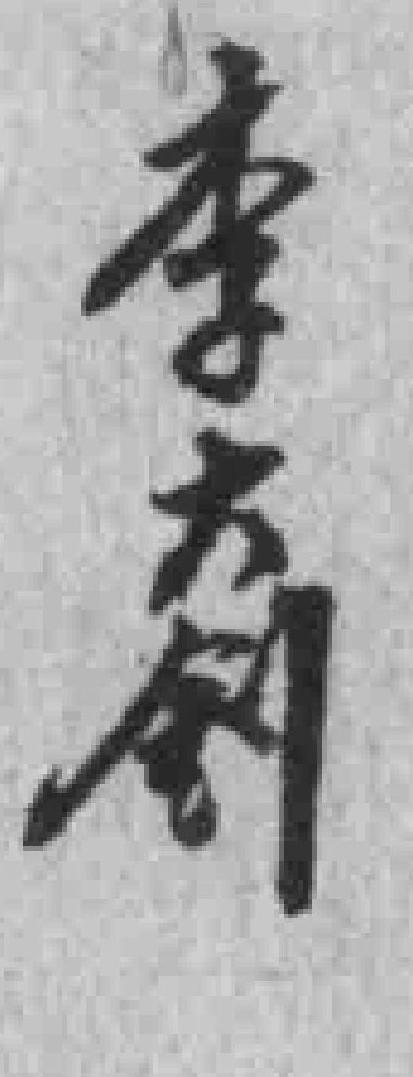
李大釗